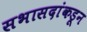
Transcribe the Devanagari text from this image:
सभासदांकडून